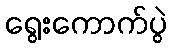
ရွေးကောက်ပွဲ